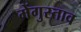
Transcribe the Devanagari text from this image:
मेंगुस्ताव